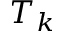
T _ { k }